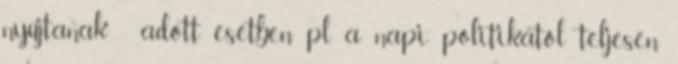
nyújtanak - adott esetben pl. a napi politikától teljesen